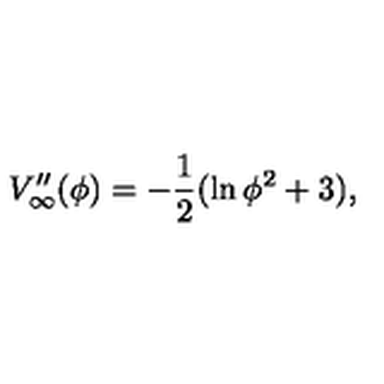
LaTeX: V _ { \infty } ^ { \prime \prime } ( \phi ) = - \frac { 1 } { 2 } ( \ln \phi ^ { 2 } + 3 ) ,